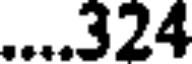
....324